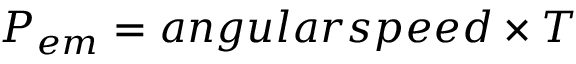
P _ { e m } = { a n g u l a r s p e e d \times T }